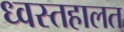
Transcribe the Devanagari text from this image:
ध्वस्तहालत